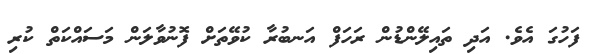
ފަހުގަ އެވެ. އަދި ތައިލޭންޑުން ރަހަފް އަނބުރާ ކުވޭތަށް ފޮނުވާލަން މަސައްކަތް ކުރި